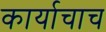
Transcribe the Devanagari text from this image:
कार्याचाच